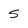
Character: 5